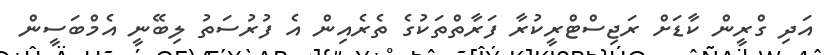
އަދި ގްރީން ކާޑަށް ރަޖިސްޓްރީކުރާ ފަރާތްތަކުގެ ތެރެއިން އެ ފުރުސަތު ލިބޭނީ އެމްބަސީން